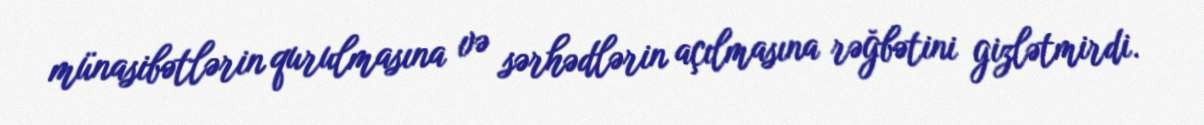
münasibətlərin qurulmasına və sərhədlərin açılmasına rəğbətini gizlətmirdi.